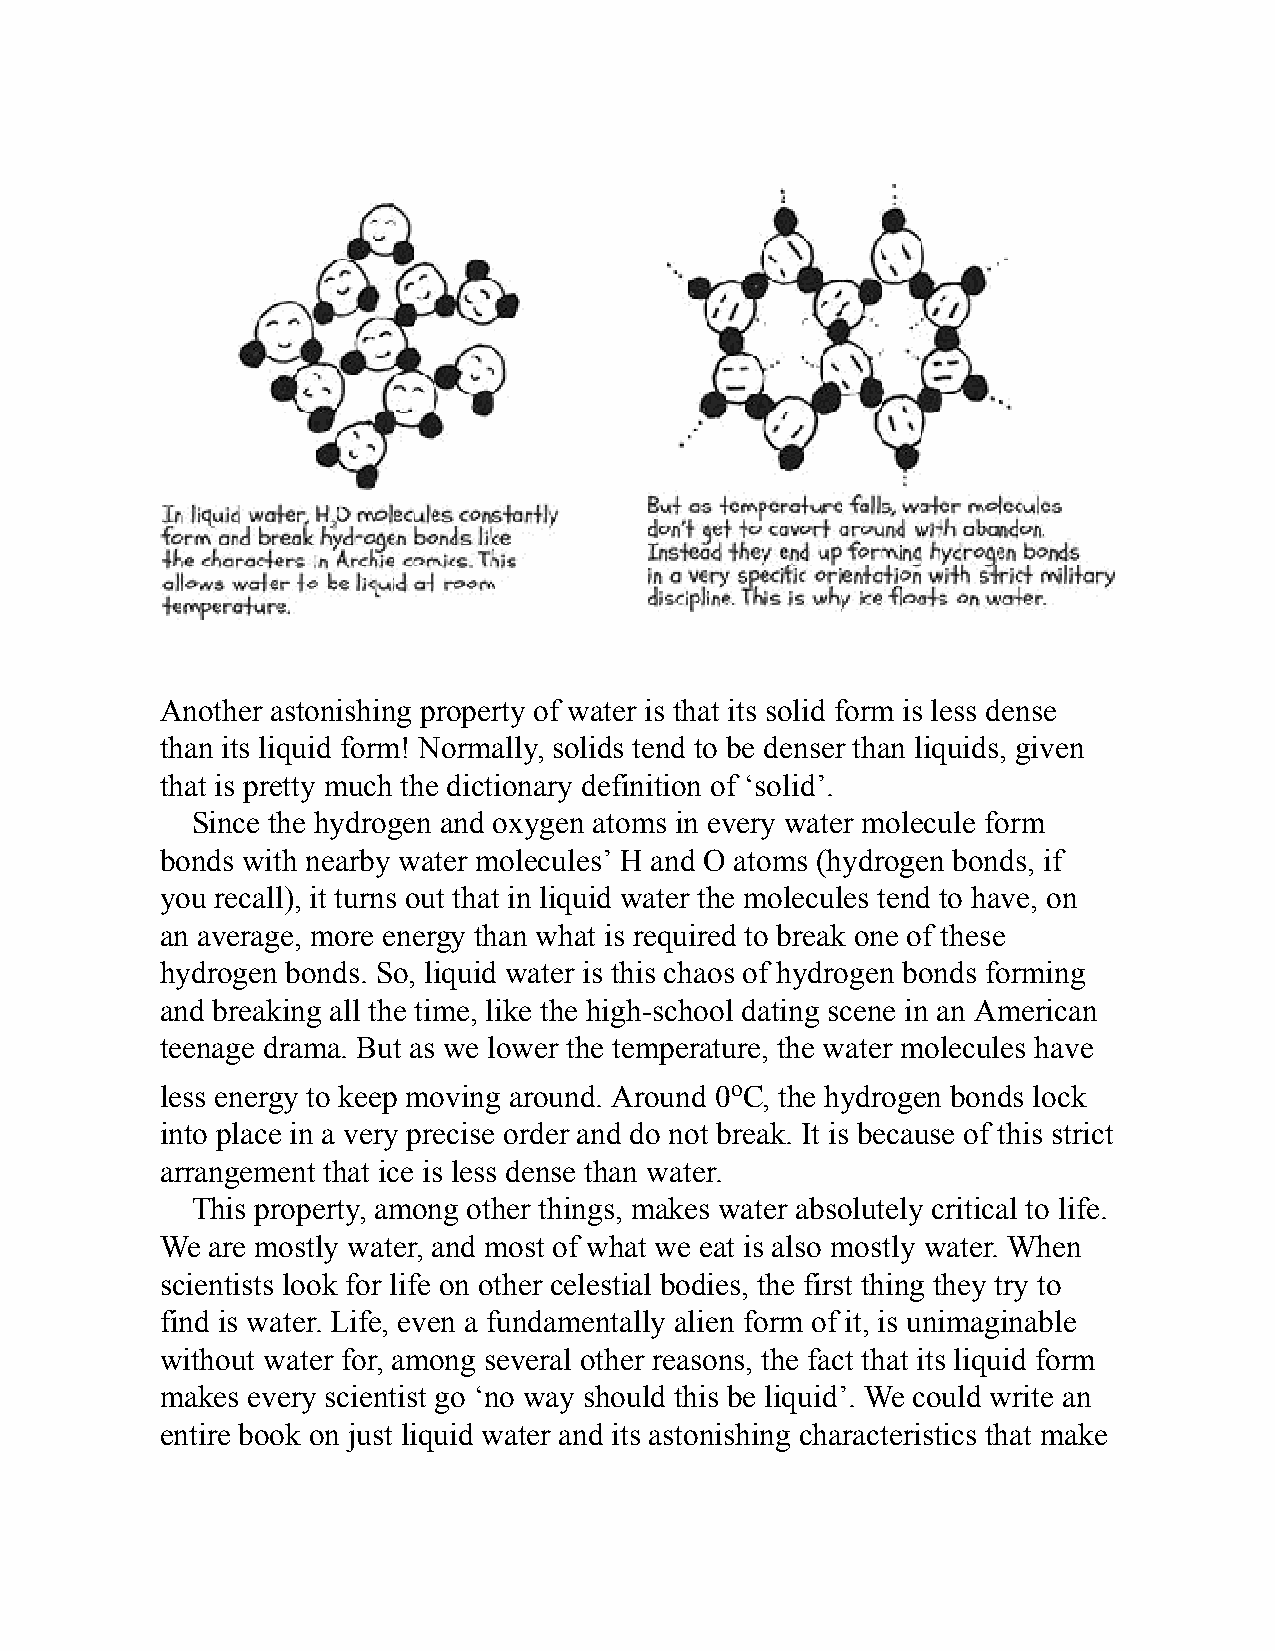
Another astonishing property of water is that its solid form is less dense
 than its liquid form! Normally, solids tend to be denser than liquids, given
 that is pretty much the dictionary definition of ‘solid’.
 Since the hydrogen and oxygen atoms in every water molecule form
 bonds with nearby water molecules’ H and O atoms (hydrogen bonds, if
 you recall), it turns out that in liquid water the molecules tend to have, on
 an average, more energy than what is required to break one of these
 hydrogen bonds. So, liquid water is this chaos of hydrogen bonds forming
 and breaking all the time, like the high-school dating scene in an American
 teenage drama. But as we lower the temperature, the water molecules have
 less energy to keep moving around. Around 0oC, the hydrogen bonds lock
 into place in a very precise order and do not break. It is because of this strict
 arrangement that ice is less dense than water.
 This property, among other things, makes water absolutely critical to life.
 We are mostly water, and most of what we eat is also mostly water. When
 scientists look for life on other celestial bodies, the first thing they try to
 find is water. Life, even a fundamentally alien form of it, is unimaginable
 without water for, among several other reasons, the fact that its liquid form
 makes every scientist go ‘no way should this be liquid’. We could write an
 entire book on just liquid water and its astonishing characteristics that make